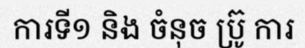
ការទី១ និង ចំនុច ប្រ៊ូ ការ